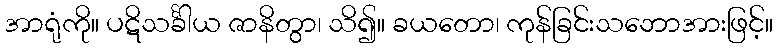
အာရုံကို။ ပဋိသင်္ခါယ ဇာနိတွာ၊ သိ၍။ ခယတော၊ ကုန်ခြင်းသဘောအားဖြင့်။